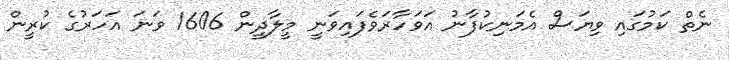
ނެތް ކަމުގައި ވިޔަސް އެމަނިކުފާނު އަވަހާރަވެފައިވަނީ މީލާދީން 1606 ވަނަ އަހަރުގެ ކުރީން